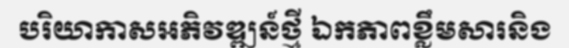
បរិយាកាសអភិវឌ្ឍន៍ថ្មី ឯកភាពខ្លឹមសារនិង